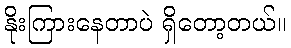
နိုးကြားနေတာပဲ ရှိတော့တယ်။